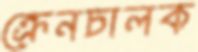
ক্রেনচালক